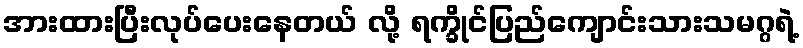
အားထားပြီးလုပ်ပေးနေတယ် လို့ ရက္ခိုင်ပြည်ကျောင်းသားသမဂ္ဂရဲ့